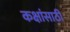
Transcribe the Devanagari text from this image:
कक्षांसाठी